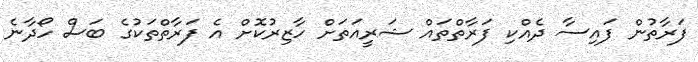
ފަރާތުން ފައިސާ ދެއްކި ފަރާތްތައް ޝަރީއަތަށް ހާޒިރުކޮށް އެ ފަރާތްތަކުގެ ބަސް ހޯދާނެ